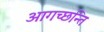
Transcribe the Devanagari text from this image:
आगच्छन्ति